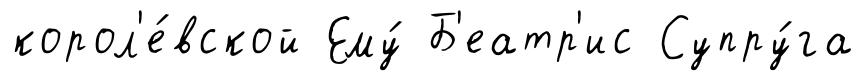
корол'е́вской Ему́ Б'еатр'ис Супру́га